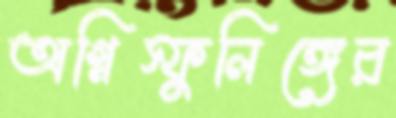
অগ্নিস্ফুলিঙ্গের